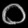
Digit: ၀